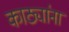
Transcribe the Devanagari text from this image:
काठ्यांना